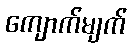
ကျောက်မျက်